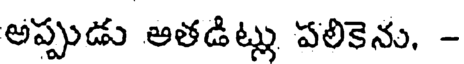
అప్పుడు అతడిట్లు పలికెను, -